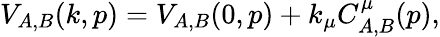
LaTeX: V_{A,B}(k,p)=V_{A,B}(0,p)+k_{\mu}C_{A,B}^{\mu}(p),